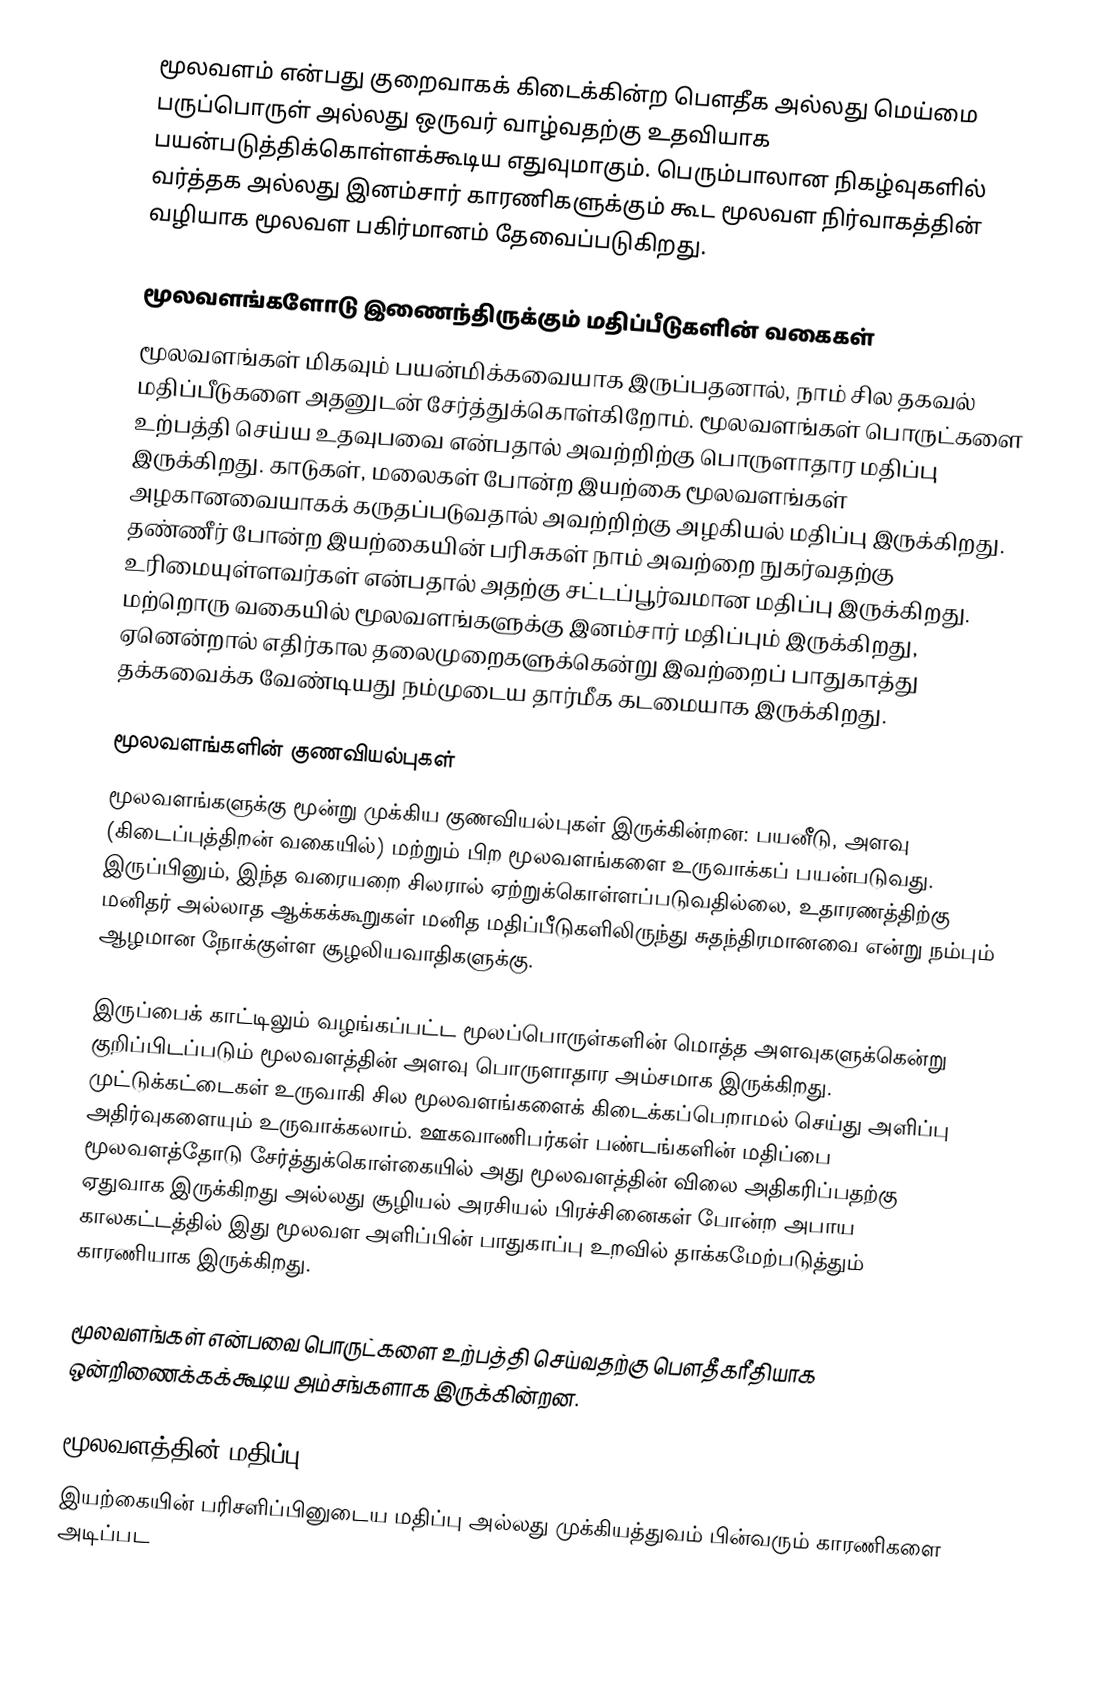
மூலவளம் என்பது குறைவாகக் கிடைக்கின்ற பௌதீக அல்லது மெய்மை பருப்பொருள் அல்லது ஒருவர் வாழ்வதற்கு உதவியாக பயன்படுத்திக்கொள்ளக்கூடிய எதுவுமாகும். பெரும்பாலான நிகழ்வுகளில் வர்த்தக அல்லது இனம்சார் காரணிகளுக்கும் கூட மூலவள நிர்வாகத்தின் வழியாக மூலவள பகிர்மானம் தேவைப்படுகிறது.

மூலவளங்களோடு இணைந்திருக்கும் மதிப்பீடுகளின் வகைகள்
மூலவளங்கள் மிகவும் பயன்மிக்கவையாக இருப்பதனால், நாம் சில தகவல் மதிப்பீடுகளை அதனுடன் சேர்த்துக்கொள்கிறோம். மூலவளங்கள் பொருட்களை உற்பத்தி செய்ய உதவுபவை என்பதால் அவற்றிற்கு பொருளாதார மதிப்பு இருக்கிறது. காடுகள், மலைகள் போன்ற இயற்கை மூலவளங்கள் அழகானவையாகக் கருதப்படுவதால் அவற்றிற்கு அழகியல் மதிப்பு இருக்கிறது. தண்ணீர் போன்ற இயற்கையின் பரிசுகள் நாம் அவற்றை நுகர்வதற்கு உரிமையுள்ளவர்கள் என்பதால் அதற்கு சட்டப்பூர்வமான மதிப்பு இருக்கிறது. மற்றொரு வகையில் மூலவளங்களுக்கு இனம்சார் மதிப்பும் இருக்கிறது, ஏனென்றால் எதிர்கால தலைமுறைகளுக்கென்று இவற்றைப் பாதுகாத்து தக்கவைக்க வேண்டியது நம்முடைய தார்மீக கடமையாக இருக்கிறது.

மூலவளங்களின் குணவியல்புகள்
மூலவளங்களுக்கு மூன்று முக்கிய குணவியல்புகள் இருக்கின்றன: பயனீடு, அளவு (கிடைப்புத்திறன் வகையில்) மற்றும் பிற மூலவளங்களை உருவாக்கப் பயன்படுவது. இருப்பினும், இந்த வரையறை சிலரால் ஏற்றுக்கொள்ளப்படுவதில்லை, உதாரணத்திற்கு மனிதர் அல்லாத ஆக்கக்கூறுகள் மனித மதிப்பீடுகளிலிருந்து சுதந்திரமானவை என்று நம்பும் ஆழமான நோக்குள்ள சூழலியவாதிகளுக்கு.

இருப்பைக் காட்டிலும் வழங்கப்பட்ட மூலப்பொருள்களின் மொத்த அளவுகளுக்கென்று குறிப்பிடப்படும் மூலவளத்தின் அளவு பொருளாதார அம்சமாக இருக்கிறது. முட்டுக்கட்டைகள் உருவாகி சில மூலவளங்களைக் கிடைக்கப்பெறாமல் செய்து அளிப்பு அதிர்வுகளையும் உருவாக்கலாம். ஊகவாணிபர்கள் பண்டங்களின் மதிப்பை மூலவளத்தோடு சேர்த்துக்கொள்கையில் அது மூலவளத்தின் விலை அதிகரிப்பதற்கு ஏதுவாக இருக்கிறது அல்லது சூழியல் அரசியல் பிரச்சினைகள் போன்ற அபாய காலகட்டத்தில் இது மூலவள அளிப்பின் பாதுகாப்பு உறவில் தாக்கமேற்படுத்தும் காரணியாக இருக்கிறது.

மூலவளங்கள் என்பவை பொருட்களை உற்பத்தி செய்வதற்கு பௌதீகரீதியாக ஒன்றிணைக்கக்கூடிய அம்சங்களாக இருக்கின்றன.

மூலவளத்தின் மதிப்பு
இயற்கையின் பரிசளிப்பினுடைய மதிப்பு அல்லது முக்கியத்துவம் பின்வரும் காரணிகளை அடிப்பட